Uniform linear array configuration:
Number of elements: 16
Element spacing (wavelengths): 0.75
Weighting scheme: binomial
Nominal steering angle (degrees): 15
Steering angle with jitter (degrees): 15.265
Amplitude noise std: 0.05
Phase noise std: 0.05

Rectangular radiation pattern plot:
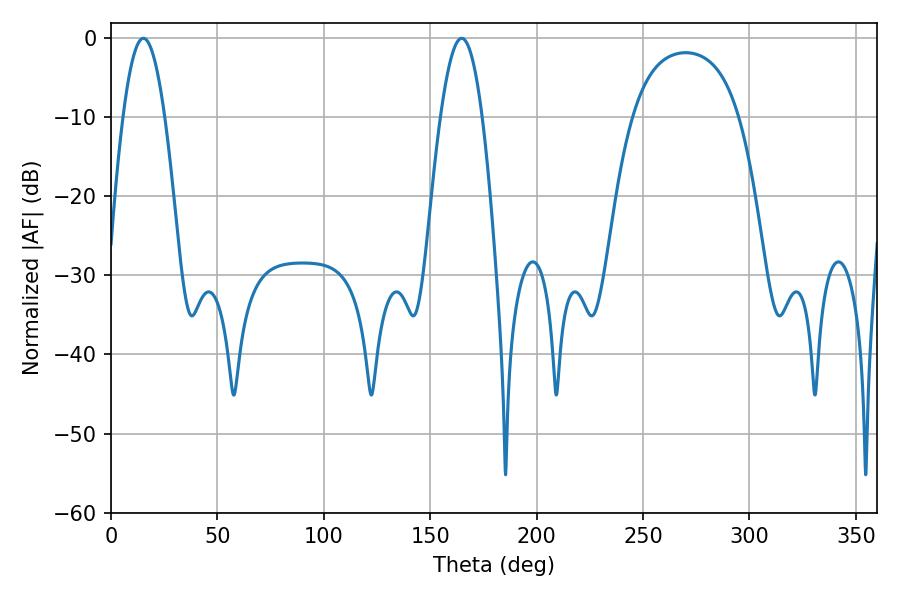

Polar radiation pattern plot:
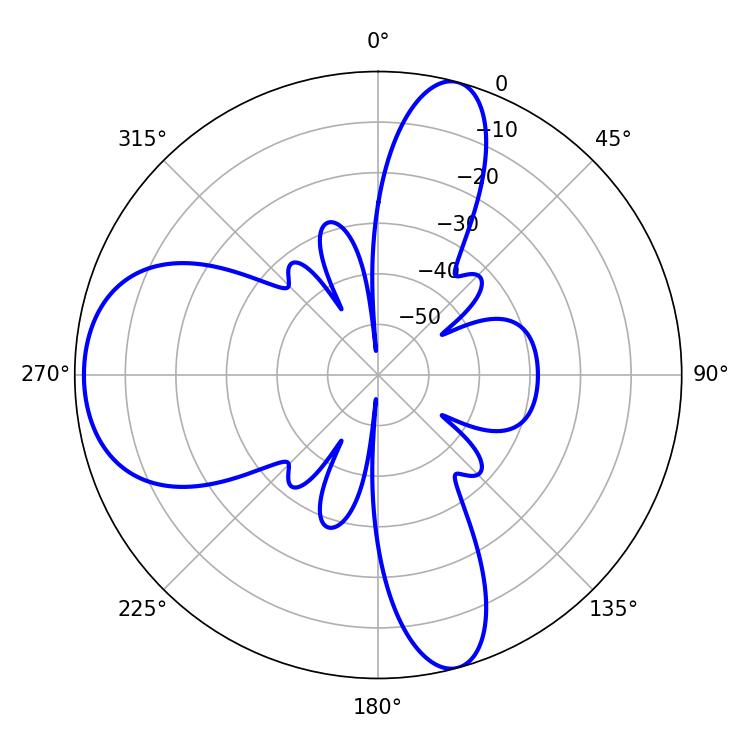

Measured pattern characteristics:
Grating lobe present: TRUE
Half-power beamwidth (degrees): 10.62
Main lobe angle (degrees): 15.3